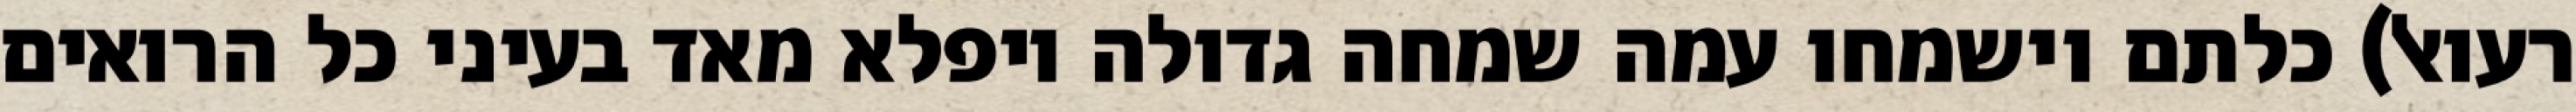
רעואל) כלתם וישמחו עמה שמחה גדולה ויפלא מאד בעיני כל הרואים